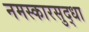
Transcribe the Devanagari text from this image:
नमस्कारसुद्धा